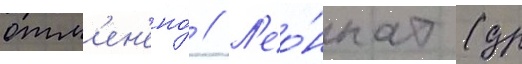
отм'ен'ено́ // Л'ео́ннат (др